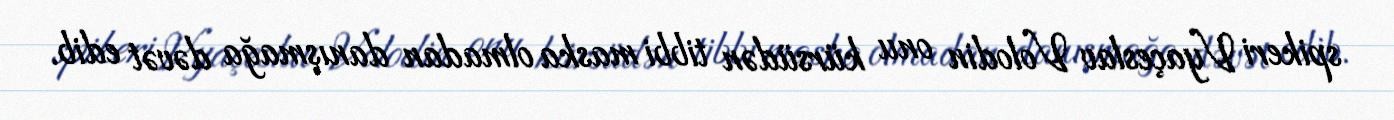
spikeri Vyaçeslav Volodin onu kürsüdən tibbi maska olmadan danışmağa dəvət edib.